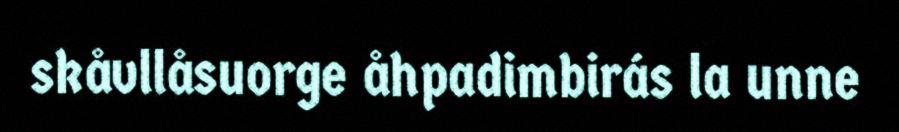
skåvllåsuorge åhpadimbirás la unne